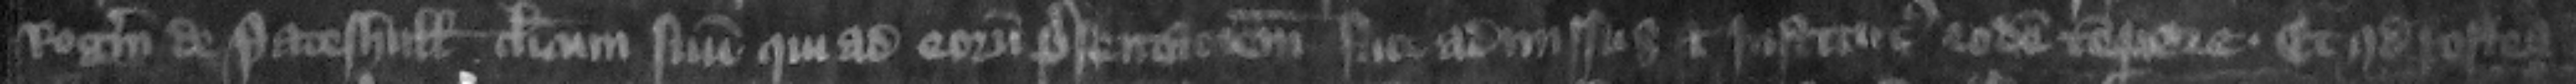
Rogerum de Pateshull clericum suum qui ad eorum presentacionem fuit admissus et institutus eodem tempore et quod postea